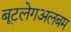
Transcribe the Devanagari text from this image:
बूटलेगअलबम